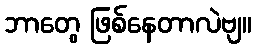
ဘာတွေ ဖြစ်နေတာလဲဗျ။